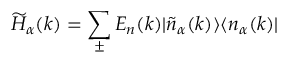
\widetilde { H } _ { \alpha } ( k ) = \sum _ { \pm } E _ { n } ( k ) | \widetilde { n } _ { \alpha } ( k ) \rangle \langle n _ { \alpha } ( k ) |